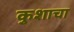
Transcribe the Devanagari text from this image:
कुशाचा